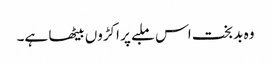
وہ بد بخت اس ملبے پر اکڑوں بیٹھا ہے۔